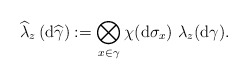
\begin{align*}\widehat{\lambda }_z\left( \mathrm{d}\widehat{\gamma }\right):=\bigotimes\limits_{x\in \gamma }\chi (\mathrm{d}\sigma _{x})\ \lambda _{z}(\mathrm{d}\gamma ). \end{align*}